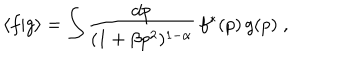
LaTeX: \langle f | g \rangle = \int \frac { d p } { ( 1 + \beta p ^ { 2 } ) ^ { 1 - \alpha } } \, f ^ { * } ( p ) \, g ( p ) \; ,